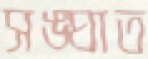
সঙ্ঘাত